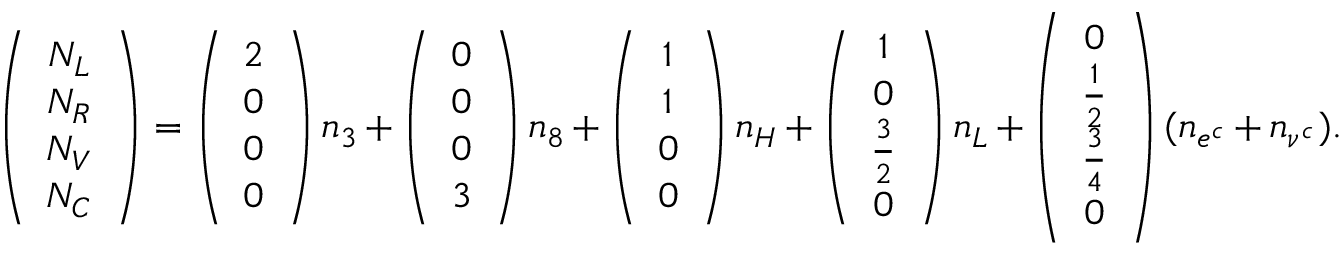
\left( \begin{array} { c } { { N _ { L } } } \\ { { N _ { R } } } \\ { { N _ { V } } } \\ { { N _ { C } } } \end{array} \right) = \left( \begin{array} { c } { { 2 } } \\ { { 0 } } \\ { { 0 } } \\ { { 0 } } \end{array} \right) n _ { 3 } + \left( \begin{array} { c } { { 0 } } \\ { { 0 } } \\ { { 0 } } \\ { { 3 } } \end{array} \right) n _ { 8 } + \left( \begin{array} { c } { { 1 } } \\ { { 1 } } \\ { { 0 } } \\ { { 0 } } \end{array} \right) n _ { H } + \left( \begin{array} { c } { { 1 } } \\ { { 0 } } \\ { { \frac 3 2 } } \\ { { 0 } } \end{array} \right) n _ { L } + \left( \begin{array} { c } { { 0 } } \\ { { \frac 1 2 } } \\ { { \frac 3 4 } } \\ { { 0 } } \end{array} \right) ( n _ { e ^ { c } } + n _ { \nu ^ { c } } ) .